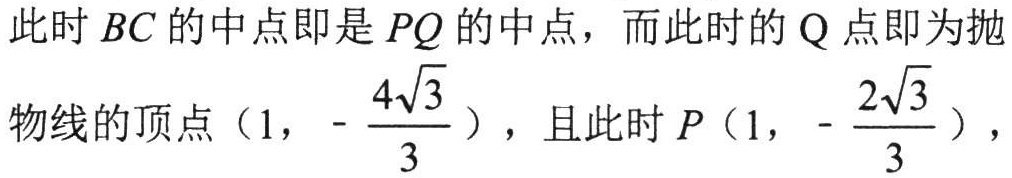
此时 \(BC\) 的中点即是 \(PQ\) 的中点，而此时的 \(Q\) 点即为抛
物线的顶点\((1,\ -\frac{4\sqrt{3}}{3})\)，且此时 \(P(1,\ -\frac{2\sqrt{3}}{3})\)，